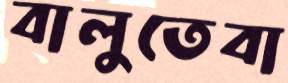
বালুতেবা